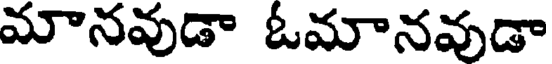
మానవుడా ఓమానవుడా